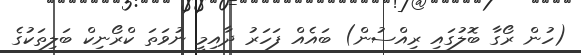
(ހުން ރޯގާ ބޮލުގައި ރިއްސުން) ބައެއް ފަހަރު ދާއިމީ ނުވަތަ ކްރޯނިކް ބަލިތަކުގެ